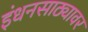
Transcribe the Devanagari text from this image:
इंधनसाठ्यावर